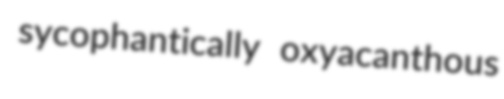
sycophantically oxyacanthous